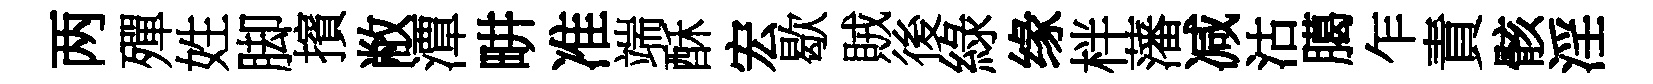
两殫姓脚擯敝潭畊准端酥宏歇賊後綠缘柈藩减沽臈乍責骸淫